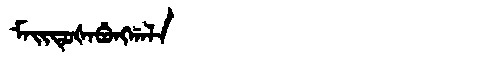
Manchu: ᠮᠠᡳᡨᡠᡧᠠᠪᡠᠩᡤᠠᠯᠠ
Romanization: MAITUŠABUNGGALA